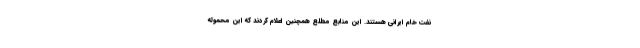
نفت خام ایرانی هستند. این منابع مطلع همچنین اعلام کردند که این محموله